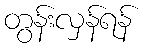
တွန်းလှန်ရန်